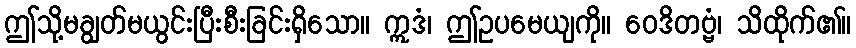
ဤသို့မချွတ်မယွင်းပြီးစီးခြင်းရှိသော။ ဣဒံ၊ ဤဥပမေယျကို။ ဝေဒိတဗ္ဗံ၊ သိထိုက်၏။